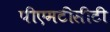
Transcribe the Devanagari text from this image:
पीएमटीसीटी